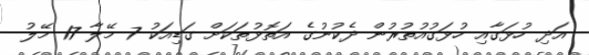
އަދި ހުޅަގާއި ހުޅަގުއުތުރުން ދެކުނުގެ އަތޮޅުތަކަށް ގަޑިއަކު 7 މޭލާ 17 މޭލު